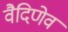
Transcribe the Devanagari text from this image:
वैदिणेव